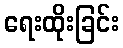
ရေးထိုးခြင်း